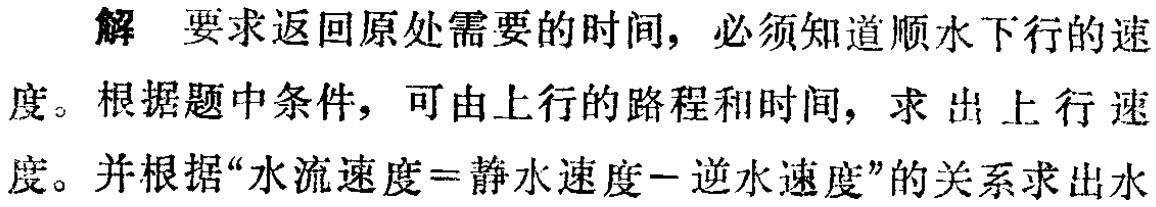
解 要求返回原处需要的时间，必须知道顺水下 行的速度。根据题中条件，可由上行的路程和时间，求出上行速度。并根据“水流速度=静水速度－逆水速度”的关系求出水